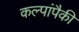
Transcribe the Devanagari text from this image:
कल्पांपैकी